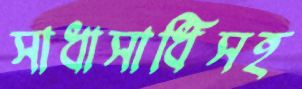
সাধাসাধিসহ